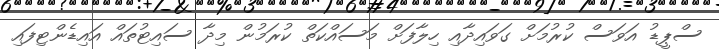
ސްޕީޑު އަވަސް ކުރުމަށް ގަވައިދާއި ހިލާފަށް މަސައްކަތް ކުރަމުން މިދާ ސައިޓުތައް އައިޑެންޓިފައި